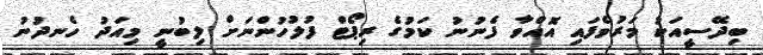
ބިދޭސީއަކު މަރުވެފައި އޮއްވާ ފެނުނު ކަމުގެ ރިޕޯޓް ފުލުހުންނަށް ލިބުނީ މިއަދު ހެނދުނު